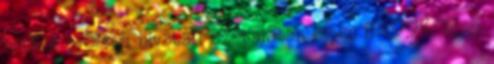
amikor a Sanyi hivatali szobájában éppen – 1998. első